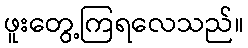
ဖူးတွေ့ကြရလေသည်။